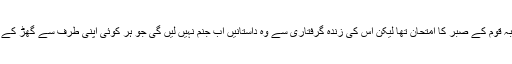
ملزم سکندر کا پیدا کیا ہوا ہیجان بلاشبہ قوم کے صبر کا امتحان تھا لیکن اس کی زندہ گرفتاری سے وہ داستانیں اب جنم نہیں لیں گی جو ہر کوئی اپنی طرف سے گھڑ کے قوم کو مزید ہیجان میں مبتلا کر دیتا۔